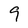
Character: 9